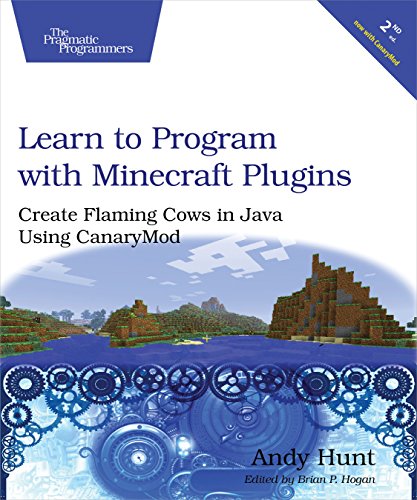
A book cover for Learn to Program with Minecraft Plugins: Create Flaming Cows in Java Using CanaryMod; Andy Hunt; Humor & Entertainment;